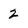
Character: z